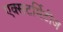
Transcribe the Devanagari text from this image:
एक्सटर्मिटीज